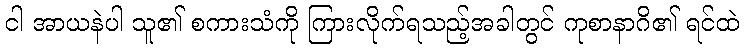
ငါ အာယနဲပါ သူ၏ စကားသံကို ကြားလိုက်ရသည့်အခါတွင် ကုစာနာဂိ၏ ရင်ထဲ